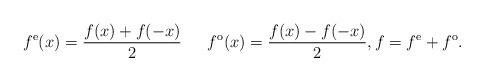
LaTeX: \begin{align*}f^{\mathrm{e}} (x) = \frac{f (x) +f(-x)}{2}\quad\;\;f^{\mathrm{o}} (x) = \frac{f (x) - f (-x)}{2},f = f^\mathrm{e} + f^\mathrm{o}.\end{align*}